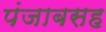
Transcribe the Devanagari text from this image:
पंजाबसह